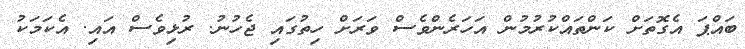
ބައްޕަ އެގޮތަށް ކަންތައްކުރުމުން އަހަރެންވެސް ވަރަށް ހިތުގައި ޖެހުނު. ރުޅިވެސް އައި. އެކަމަކު